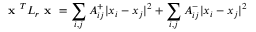
\textbf { x } ^ { T } L _ { r } \textbf { x } = \sum _ { i , j } A _ { i j } ^ { + } | x _ { i } - x _ { j } | ^ { 2 } + \sum _ { i , j } A _ { i j } ^ { - } | x _ { i } - x _ { j } | ^ { 2 }